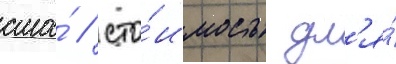
сша́ / сто́имость дл'я́